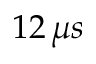
1 2 \, \mu s